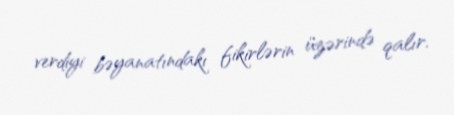
verdiyi bəyanatındakı fikirlərin üzərində qalır.